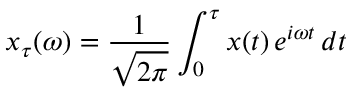
x _ { \tau } ( \omega ) = \frac { 1 } { \sqrt { 2 \pi } } \int _ { 0 } ^ { \tau } x ( t ) \, e ^ { i \omega t } \, d t